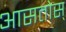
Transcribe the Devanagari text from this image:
आसतोस्